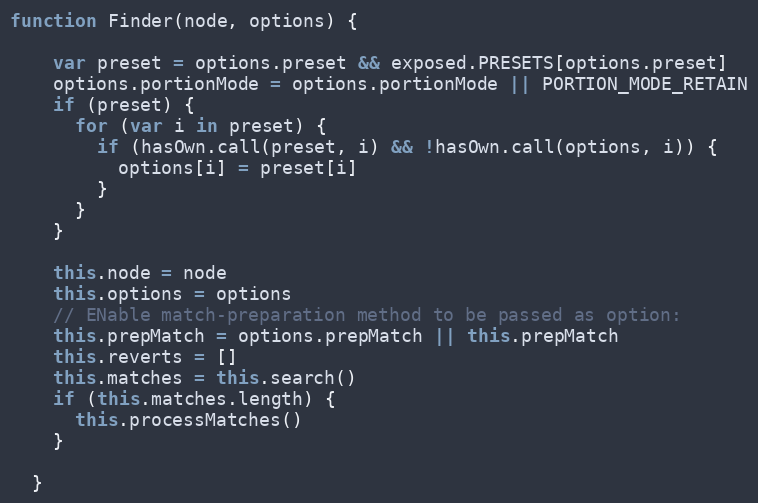
Language: JavaScript
function Finder(node, options) {

    var preset = options.preset && exposed.PRESETS[options.preset]
    options.portionMode = options.portionMode || PORTION_MODE_RETAIN
    if (preset) {
      for (var i in preset) {
        if (hasOwn.call(preset, i) && !hasOwn.call(options, i)) {
          options[i] = preset[i]
        }
      }
    }

    this.node = node
    this.options = options
    // ENable match-preparation method to be passed as option:
    this.prepMatch = options.prepMatch || this.prepMatch
    this.reverts = []
    this.matches = this.search()
    if (this.matches.length) {
      this.processMatches()
    }

  }